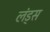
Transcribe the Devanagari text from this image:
लंड्स